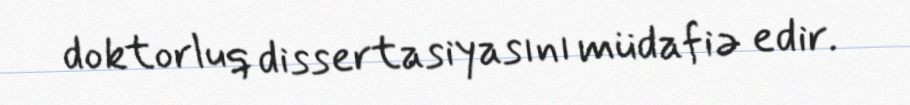
doktorluq dissertasiyasını müdafiə edir.